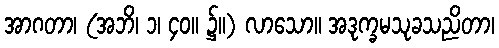
အာဂတာ၊ (အဘိ၊ ၁၊ ၄၀။ ၌။) လာသော။ အဒုက္ခမသုခသညိတာ၊